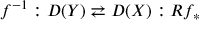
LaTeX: f ^ { - 1 } : D ( Y ) \rightleftarrows D ( X ) : R f _ { * }